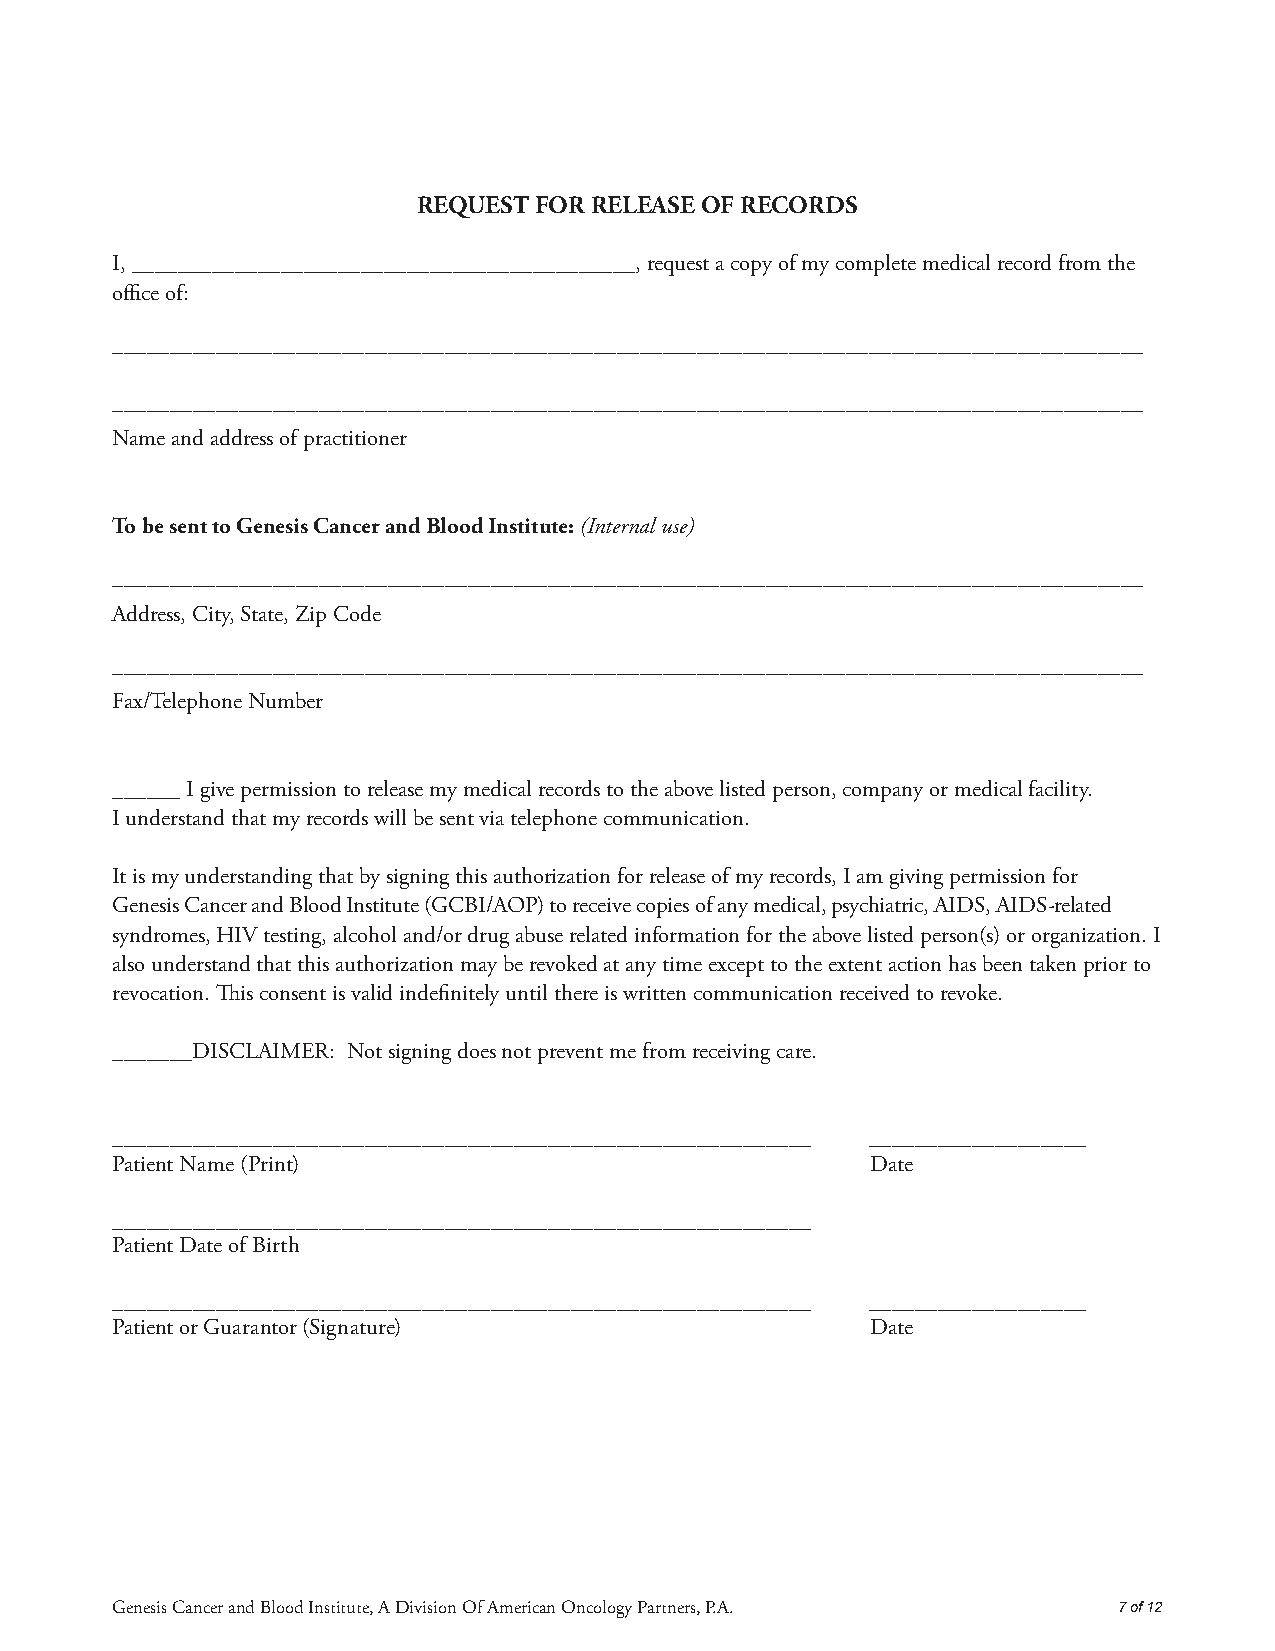
REQUEST FOR RELEASE OF RECORDS
 I, ____________________________________________, request a copy of my complete medical record from the
 office of:
 ––––––––––––––––––––––––––––––––––––––––––––––––––––––––––––––––––––––––––––––––––––––––––
 ––––––––––––––––––––––––––––––––––––––––––––––––––––––––––––––––––––––––––––––––––––––––––
 Name and address of practitioner
 To be sent to Genesis Cancer and Blood Institute: (Internal use)
 ––––––––––––––––––––––––––––––––––––––––––––––––––––––––––––––––––––––––––––––––––––––––––
 Address, City, State, Zip Code
 ––––––––––––––––––––––––––––––––––––––––––––––––––––––––––––––––––––––––––––––––––––––––––
 Fax/Telephone Number
 ______ I give permission to release my medical records to the above listed person, company or medical facility.
 I understand that my records will be sent via telephone communication.
 It is my understanding that by signing this authorization for release of my records, I am giving permission for
 Genesis Cancer and Blood Institute (GCBI/AOP) to receive copies of any medical, psychiatric, AIDS, AIDS-related
 syndromes, HIV testing, alcohol and/or drug abuse related information for the above listed person(s) or organization. I
 also understand that this authorization may be revoked at any time except to the extent action has been taken prior to
 revocation. This consent is valid indefinitely until there is written communication received to revoke.
 _______DISCLAIMER: Not signing does not prevent me from receiving care.
 _____________________________________________________________ ___________________
 Patient Name (Print)                               Date
 _____________________________________________________________
 Patient Date of Birth
 _____________________________________________________________ ___________________
 Patient or Guarantor (Signature)                   Date
 Genesis Cancer and Blood Institute, A Division Of American Oncology Partners, P.A. 7 of 12